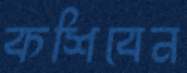
কশিবেন